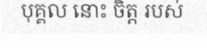
បុគ្គល នោះ ចិត្ត របស់